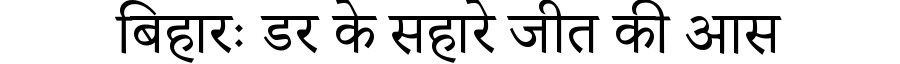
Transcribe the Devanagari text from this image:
बिहारः डर के सहारे जीत की आस